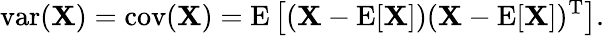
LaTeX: \operatorname{var}(\mathbf{X})=\operatorname{cov}(\mathbf{X})=\operatorname{E}\left[(\mathbf{X}-\operatorname{E}[\mathbf{X}])(\mathbf{X}-\operatorname{E}[\mathbf{X}])^{\mathrm{{T}}}\right].